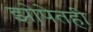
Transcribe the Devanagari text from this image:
झोपेतही